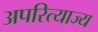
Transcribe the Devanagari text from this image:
अपरित्याज्य